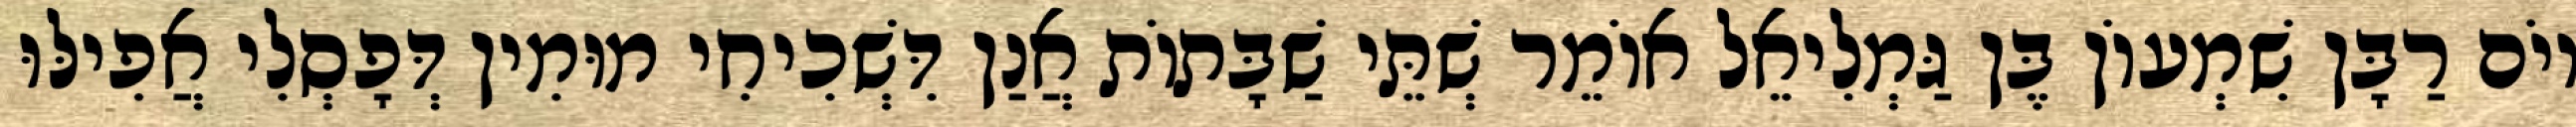
יוֹם רַבָּן שִׁמְעוֹן בֶּן גַּמְלִיאֵל אוֹמֵר שְׁתֵּי שַׁבָּתוֹת אֲנַן דִּשְׁכִיחִי מוּמִין דְּפָסְלִי אֲפִילּוּ